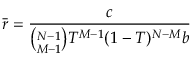
\bar { r } = \frac { c } { \binom { N - 1 } { M - 1 } T ^ { M - 1 } ( 1 - T ) ^ { N - M } b }